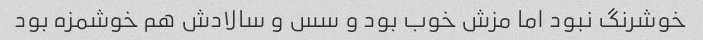
خوشرنگ نبود اما مزش خوب بود و سس و سالادش هم خوشمزه بود